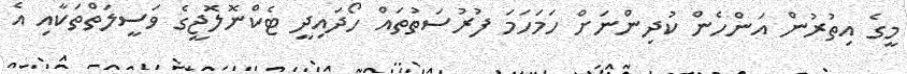
މީގެ އިތުރުން އަންހެން ކުދިންނަށް ހަމަހަމަ ފުރުސަތުތައް ހޯދައިދީ ޓެކްނޮލޮޖީގެ ވަސީލަތްތަކާއި އެ